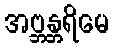
အဗ္ဘန္တရိမေ